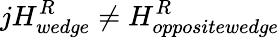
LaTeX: jH_{wedge}^{R}\neq H_{oppositewedge}^{R}